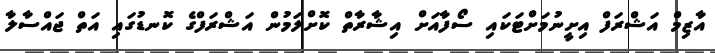
އާޒިމް އަޝްރަފް އިށީނުމަށްޓަކައި ސޯފާއަށް އިޝާރާތް ކޮށްލަމުން އަޝްރަފްގެ ކޮނޑުގައި އަތް ޖައްސާލާ